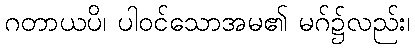
ဂတာယပိ၊ ပါဝင်သောအမ၏ မဂ်၌လည်း၊